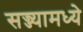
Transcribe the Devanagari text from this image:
सज्ज्यामध्ये